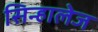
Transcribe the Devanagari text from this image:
सिन्हालेज